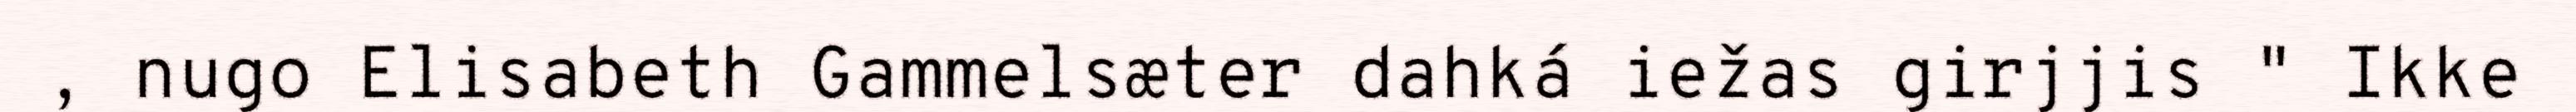
, nugo Elisabeth Gammelsæter dahká iežas girjjis "​​​​​ Ikke